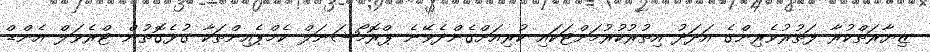
ޒިޔާރަތްކުރާ ފަތުރުވެރިންގެ އަދަދު އިތުރުކުރުމަށްޓަކައި ކުރިއަށްގެންދެވޭނެ ޕްރޮމޯޝަނަލް ކެމްޕެއިންތަކާ ގުޅެގޮތުން ޓްރެވަލް އެންޑް